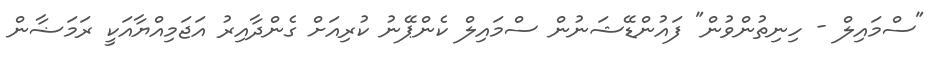
"ސްމައިލް - ހިނިތުންވުން" ފައުންޑޭޝަނުން ސްމައިލް ކެންޕޭނު ކުރިއަށް ގެންދާއިރު އަޖަމިއްޔާއަކީ ރަމަޟާން